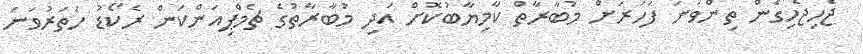
ޖެހިޖެހިގެން ތިންވަނަ ފަހަަރަށް މުބާރާތް ކާމިޔާބުކޮށް އަދި މުބާރާތުގެ ޗެމްޕިއަންކަން ރެކޯޑު ހަތަރުވަނަ